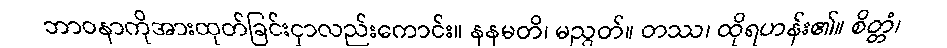
ဘာဝနာကိုအားထုတ်ခြင်းငှာလည်းကောင်း။ နနမတိ၊ မညွတ်။ တဿ၊ ထိုရဟန်း၏။ စိတ္တံ၊